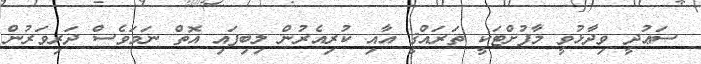
ސަޢުދީ ވިދާޅުވީ މާފުށްޓަކީ ތަރައްޤީ އާއި ކުރިއެރުން ލިބިފައި އޮތް ނަމަވެސް ދަރިވަރުން